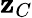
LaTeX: \mathbf{z}_{C}